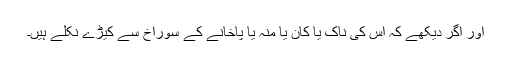
اور اگر دیکھے کہ اس کی ناک یا کان یا منہ یا پاخانے کے سوراخ سے کیڑے نکلے ہیں۔